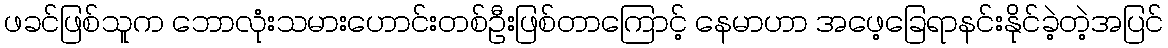
ဖခင်ဖြစ်သူက ဘောလုံးသမားဟောင်းတစ်ဦးဖြစ်တာကြောင့် နေမာဟာ အဖေ့ခြေရာနင်းနိုင်ခဲ့တဲ့အပြင်